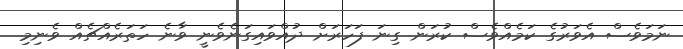
ނަމަވެސް އެވަރުގެ ކަމެއްވެސް ކުރަން ގިނަ ފަހަރަށް ދުއްވައިގަނެވެނީ ވާނެ ހަތަރެއްޗެއް ވެނިމި